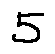
5